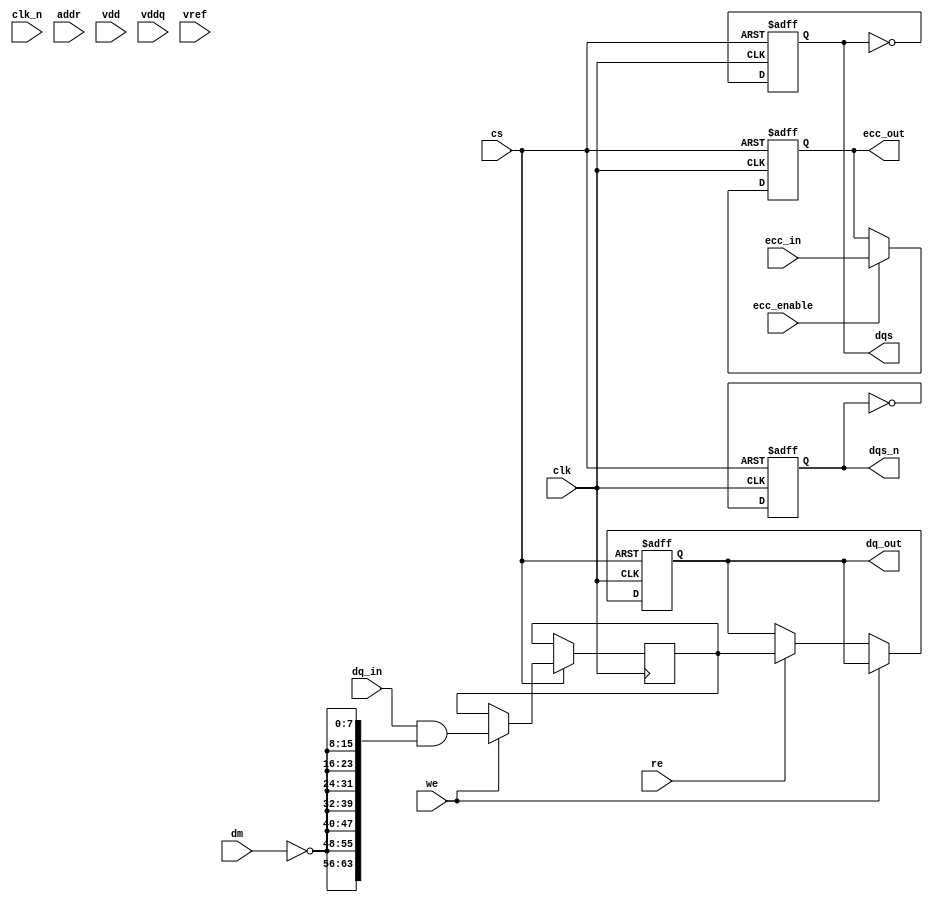
module ddr3_io_block (
    // Clock and control signals
    input wire clk,                // Clock input (CK)
    input wire clk_n,              // Complementary clock input (CK#)
    input wire cs,                 // Chip Select
    input wire we,                 // Write Enable
    input wire re,                 // Read Enable
    input wire [A_WIDTH-1:0] addr, // Address lines
    input wire [DM_WIDTH-1:0] dm,   // Data Mask lines
    input wire [DQ_WIDTH-1:0] dq_in, // Input Data lines
    output wire [DQ_WIDTH-1:0] dq_out, // Output Data lines
    output wire dqs,               // Data Strobe
    output wire dqs_n,             // Complementary Data Strobe
    input wire vdd,                // Power supply
    input wire vddq,               // Data power supply
    input wire vref,               // Reference voltage
    // Optional ECC
    input wire ecc_enable,         // ECC Enable
    input wire [ECC_WIDTH-1:0] ecc_in,  // Input ECC bits
    output wire [ECC_WIDTH-1:0] ecc_out // Output ECC bits
);

// Parameters
parameter A_WIDTH = 15;            // Address width for DDR3
parameter DQ_WIDTH = 64;           // Data width
parameter DM_WIDTH = 8;            // Data Mask width
parameter ECC_WIDTH = 8;           // ECC width

// Internal signals
reg [DQ_WIDTH-1:0] data_reg;
reg [DQ_WIDTH-1:0] dq_out_reg;
reg dqs_buf;
reg dqs_n_buf;

// Generate Data Strobe signals
always @(posedge clk or negedge cs) begin
    if (!cs) begin
        dqs_buf <= 0;
        dqs_n_buf <= 1;
    end else begin
        dqs_buf <= ~dqs_buf; // Toggle DQS
        dqs_n_buf <= ~dqs_n_buf; // Toggle DQS#
    end
end

// Data I/O operation
always @(posedge clk or negedge cs) begin
    if (!cs) begin
        dq_out_reg <= 0; // Clear output data on chip select low
    end else begin
        if (we) begin
            // Write data to memory (simulated by registering the input)
            data_reg <= dq_in & {DQ_WIDTH{~dm}}; // Masking the input data
        end else if (re) begin
            // Read data operation (simulated)
            dq_out_reg <= data_reg; // Output the stored data
        end
    end
end

// Output assignments
assign dq_out = dq_out_reg;
assign dqs = dqs_buf;
assign dqs_n = dqs_n_buf;

// ECC functionality if enabled
always @(posedge clk or negedge cs) begin
    if (!cs) begin
        ecc_out <= 0;
    end else if (ecc_enable) begin
        // Simple ECC example: just echo input for demo
        ecc_out <= ecc_in;
    end
end

endmodule